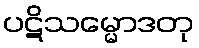
ပဋိသမ္မောဒတု